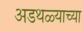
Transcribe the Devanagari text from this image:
अडथळ्याच्या